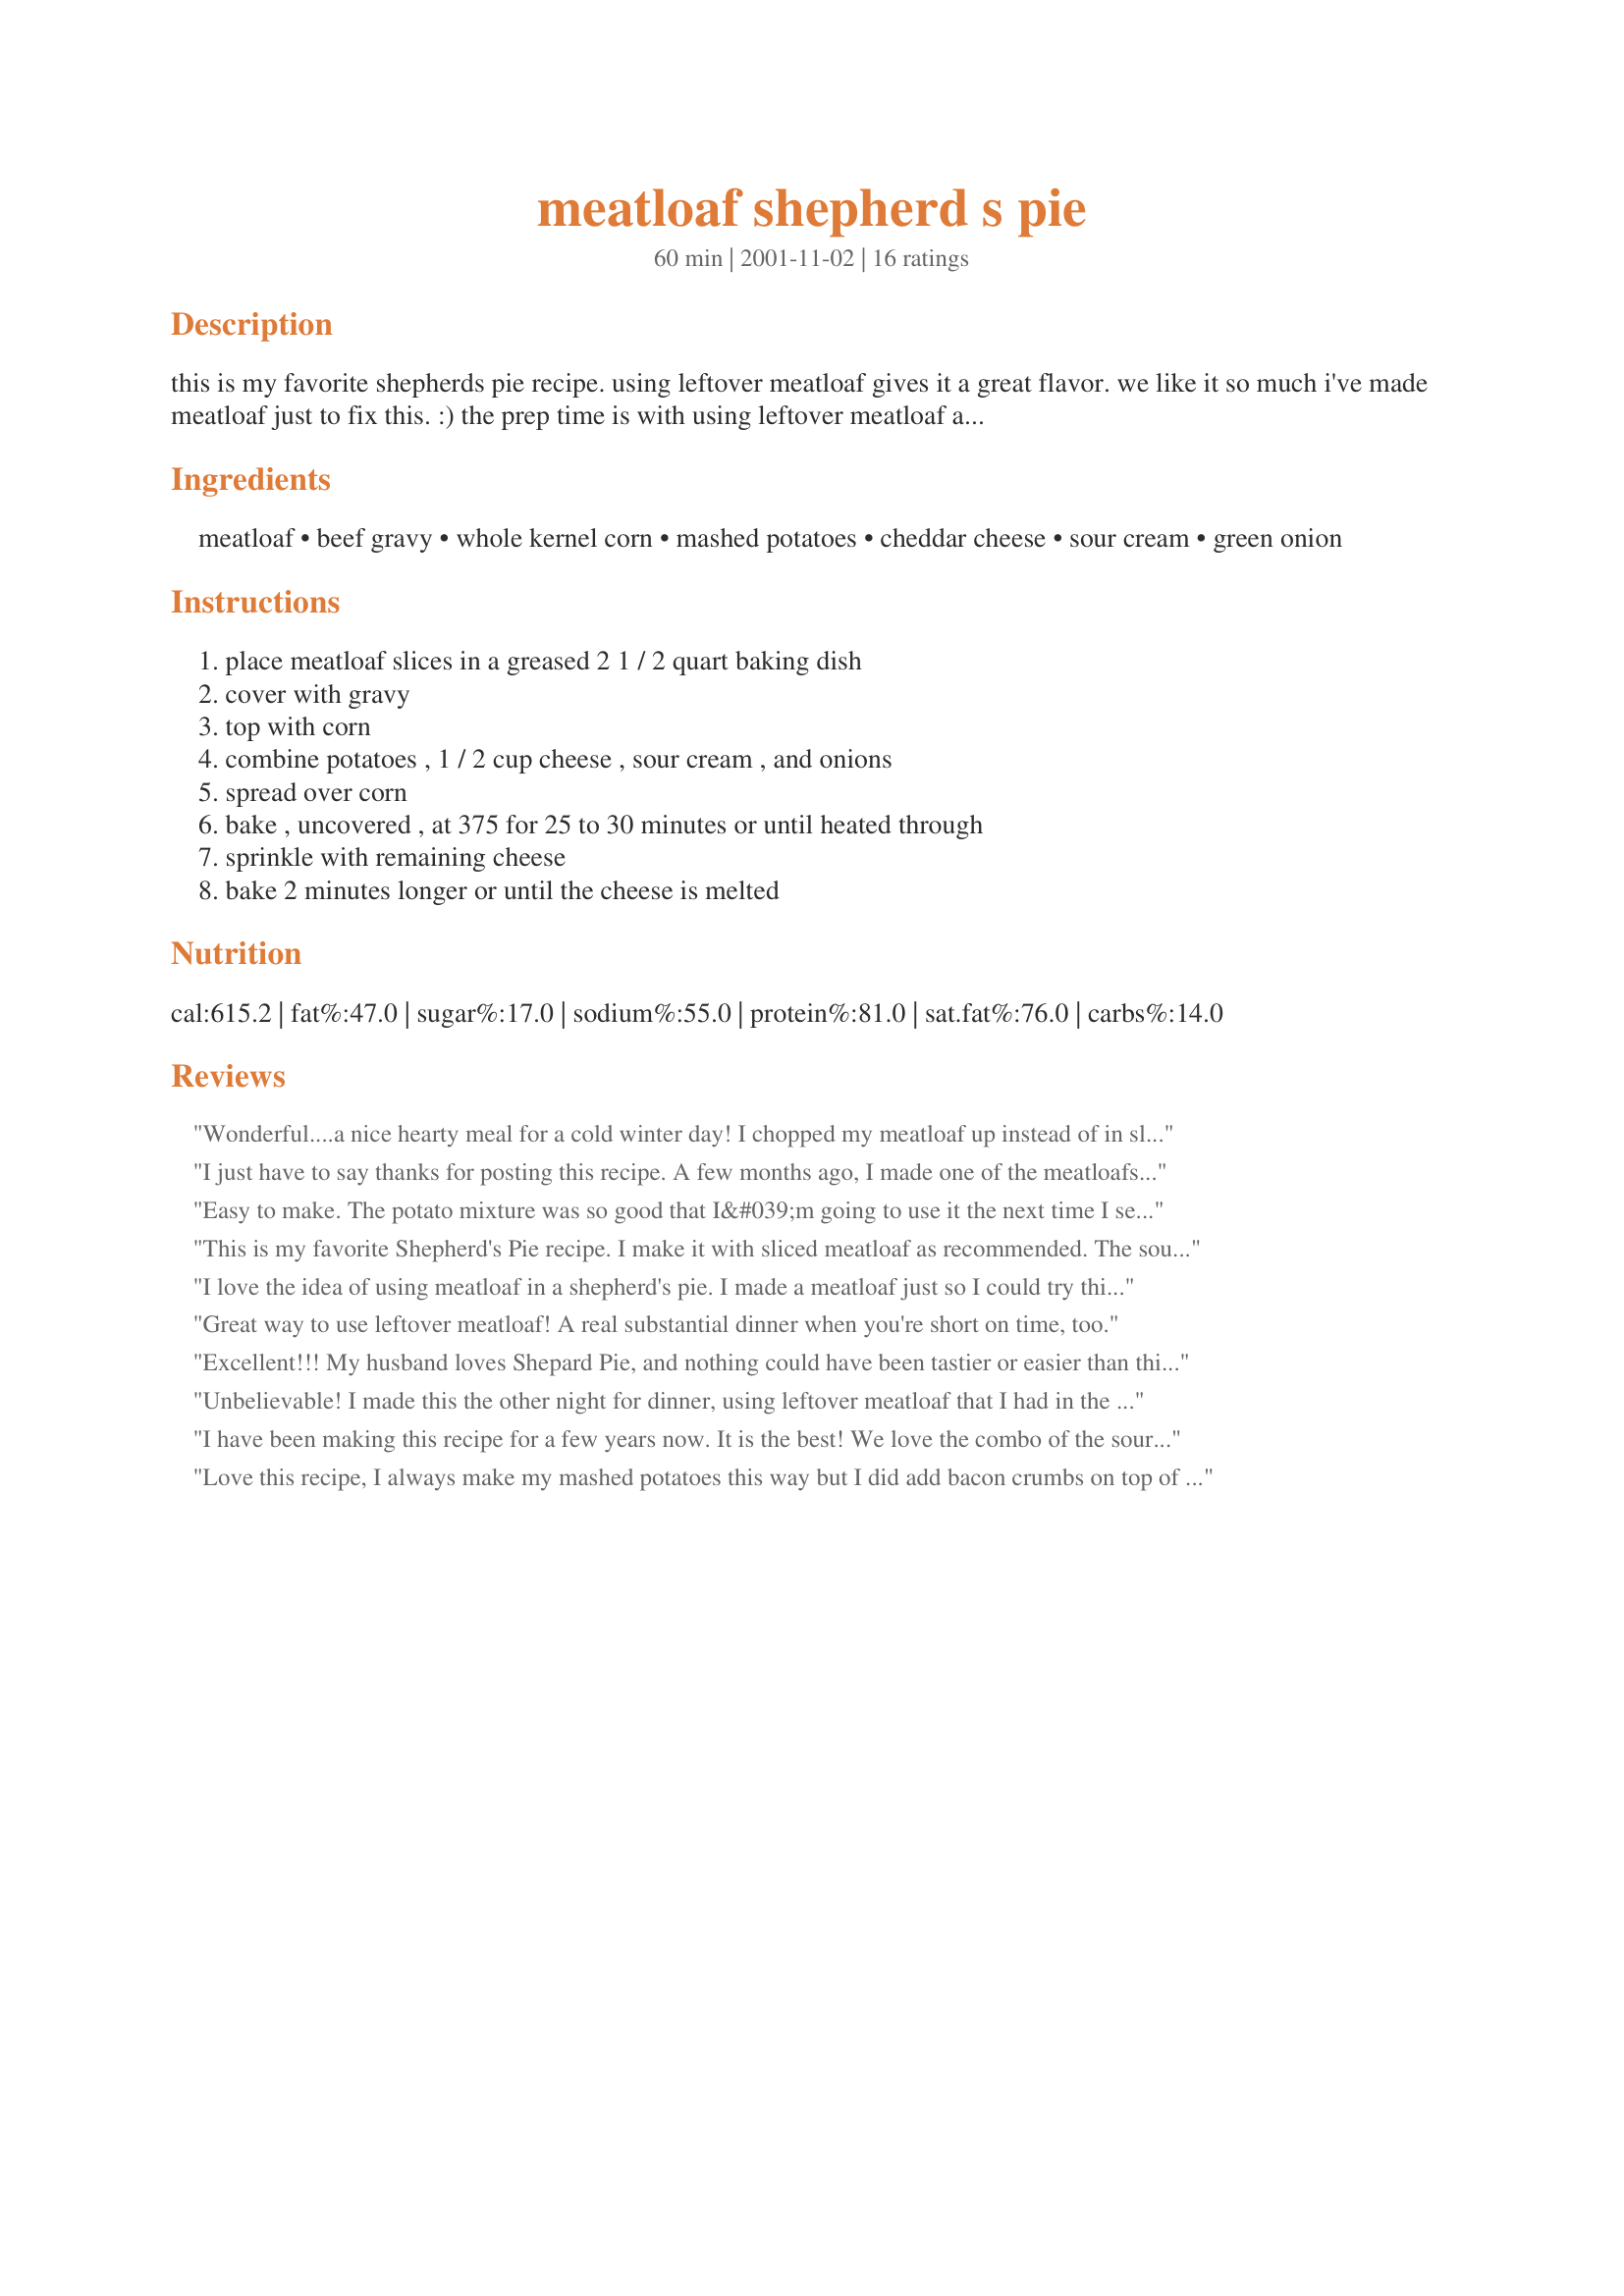
meatloaf shepherd s pie
Preparation time: 60 minutes

this is my favorite shepherds pie recipe. using leftover meatloaf gives it a great flavor. we like it so much i've made meatloaf just to fix this. :) the prep time is with using leftover meatloaf and instant potatoes.

Ingredients:
meatloaf, beef gravy, whole kernel corn, mashed potatoes, cheddar cheese, sour cream, green onion

Steps:
place meatloaf slices in a greased 2 1 / 2 quart baking dish, cover with gravy, top with corn, combine potatoes , 1 / 2 cup cheese , sour cream , and onions, spread over corn, bake , uncovered , at 375 for 25 to 30 minutes or until heated through, sprinkle with remaining cheese, bake 2 minutes longer or until the cheese is melted

Reviews:
Wonderful....a nice hearty meal for a cold winter day! I chopped my meatloaf up instead of in slices, otherwise followed directions as told.
I just have to say thanks for posting this recipe. A few months ago, I made one of the meatloafs posted on Recipezaar...and it turned out really bad. It was really soggy & sweet. That night, we couldn't even eat it but I put it in the freezer JUST IN CASE it was salvageable. Then I found this recipe in Trish's cookbook, "My Meat Loafs if I Don't Use It!" I made it for lunch and it saved the "failed meatloaf" (as my husband puts it...).
As for the ingredients & measurements, I just eyeballed how much of each ingredient I wanted. I used leftover frozen mashed potatoes (that I defrosted), frozen corn, and a cheddar cheese mix that I ALSO had in the freezer. As for the gravy, I just boiled water, added some beef bouillon and then some cornstarch...easy & tasty (It helped cut out a lot of the sweetness from the meatloaf.)
I managed to get 2 9x5 casserole dishes out of this.
Easy to make. The potato mixture was so good that I&#039;m going to use it the next time I serve mashed potatoes. Great comfort food!
This is my favorite Shepherd's Pie recipe. I make it with sliced meatloaf as recommended. The sour cream/potato mixture really accents this recipe and makes it unique. I will never try another recipe for this pie. This one beats other recipes hands down! Thank you so much for sharing...
I love the idea of using meatloaf in a shepherd's pie. I made a meatloaf just so I could try this recipe. It was outstanding! Thanks!
Great way to use leftover meatloaf! A real substantial dinner when you're short on time, too.
Excellent!!! My husband loves Shepard Pie, and nothing could have been tastier or easier than this. I've made it twice and both times turned out great. Thanks Nicole for sharing with us
Unbelievable! I made this the other night for dinner, using leftover meatloaf that I had in the freezer. You would think I had just discovered white bread! My family went crazy over this. Definitely going to make this over and over!
I have been making this recipe for a few years now. It is the best! We love the combo of the sour cream and mashed potatoes, sort of like twice baked potato tasting. The corn is a nice surprise with every bite. Truly a comfort food dinner. We enjoy this as a one dish meal, it already has the veggies incorporated... I make it as posted, but I always use leftover REAL mashed potatoes, so much better. Thank you for such a gem of a recipe!!!
Love this recipe, I always make my mashed potatoes this way but I did add bacon crumbs on top of the potatoes, great for leftovers.
Oh so good. I used leftover meatloaf and broke it up into pieces like other reviewers mentioned. I opted to use carrots instead of corn, because that's how I like my shepard's pie. I cooked the carrots a bit before putting them into the dish with the other ingredients, about 8 minutes in the microwave. I used instant mashed potatoes becuase mine had gone funky in the pantry and it was too cold any rainy to go out and get new ones. It was good with instant, but must be great with real mashed potatoes.
I always wanted learn how to make Sheperd's Pie. This recipe was incredibly easy and tasted delicious! Loved it and will keep making it. I used all my leftovers so really there wasn't anything to buy. Even the kids and husband thought it was great!
I had leftover meatloaf and wanted something different, this was definitely different and delicious! My husband and 17 yr old son including myself enjoyed it. Will make again! thanx for the great recipe
Thanks for a great way to use my leftover meatloaf. I did make a couple of changes. I broke up the meatloaf and I mixed creamed corn with my whole kernal corn. I also only used 2 good sized chunks of meatloaf. This was moist and easy to put together!
easy to make, quick prep time-i used chop meat rather then meatloaf(of course i used lots of fresh garlic etc)my wife a real meat and taters kind of girl gave it 41/2 stars!
This was so good. A great way to use up leftovers. It was better than any Shepherd's pie I've eaten in a restaurant. I chopped the meat loaf up instead of slices.
